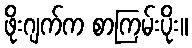
ဖိုးဂျက်က စာကြမ်းပိုး။